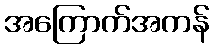
အကြောက်အကန်